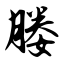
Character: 媵